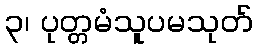
၃၊ ပုတ္တမံသူပမသုတ်